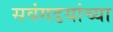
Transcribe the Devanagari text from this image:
सवंगडयांच्या